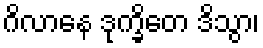
ဂိလာနေ ဒုက္ခိတေ ဒိသွာ၊